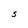
Character: S